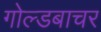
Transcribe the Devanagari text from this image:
गोल्डबाचर